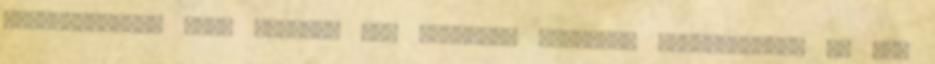
tealevelekkel teli szütyőt még rengeteg mindenre használhatod Ha azt